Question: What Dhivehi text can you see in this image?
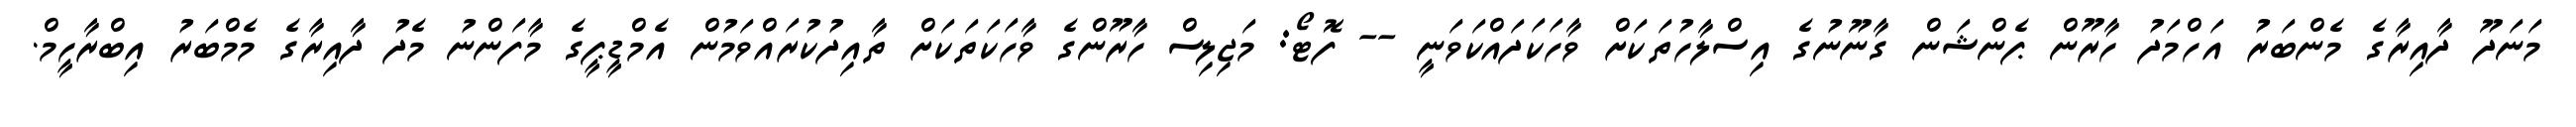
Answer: މަނަދޫ ދާއިރާގެ މެންބަރު އަހްމަދު ހާރޫން ޕެންޝަން ގާނޫނުގެ އިސްލާހުތަކަށް ވާހަކަދައްކަވަނީ -- ފޮޓޯ: މަޖިލިސް ހާރޫންގެ ވާހަކަތަކަށް ތާއިދުކުރައްވަމުން އެމްޑީޕީގެ މާފަންނު މެދު ދާއިރާގެ މެމްބަރު އިބްރާހީމް.